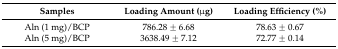
| Samples | Loading Amount (μg) | Loading Efficiency (%) |
 | --- | --- | --- |
 | Aln (1 mg)/BCP | 786.28 ± 6.68 | 78.63 ± 0.67 |
 | Aln (5 mg)/BCP | 3638.49 ± 7.12 | 72.77 ± 0.14 |